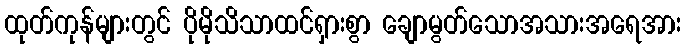
ထုတ်ကုန်များတွင် ပိုမိုသိသာထင်ရှားစွာ ချောမွတ်သောအသားအရေအား